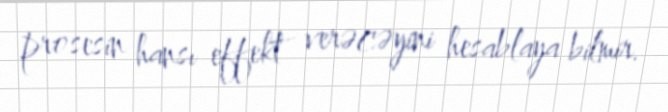
prosesin hansı effekt verəcəyini hesablaya bilmir.